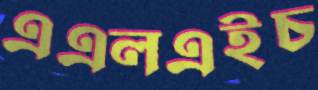
এএলএইচ